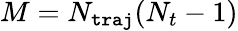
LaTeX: M=N_{\texttt{traj}}(N_{t}-1)